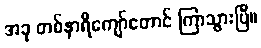
အခု တစ်နာရီကျော်တောင် ကြာသွားပြီ။